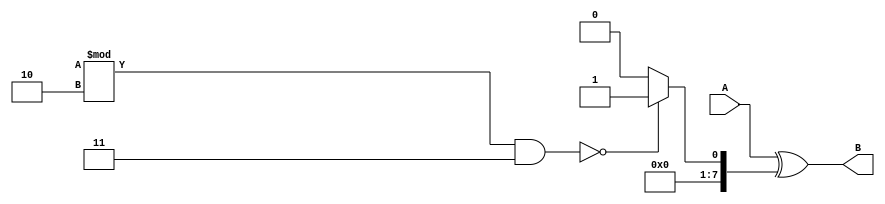
module error(
	input [7:0] A,
	output reg [7:0] B 
);
wire [7:0] er;
reg [7:0] make_error ;
assign  er = A^make_error ;

always @(A)begin
if (($random % 2 & 2'b01)==0)begin
   make_error <= 8'h01;
end 
else begin
   make_error <= 8'h00;
end
if (($random % 2 & 2'b11)==0)begin
   make_error <= 8'h01;
end 
else begin
   make_error <= 8'h00;
end
//make_error = $random % 8 ;
//make_error <= 8'h01;
B <= er ;
end
endmodule